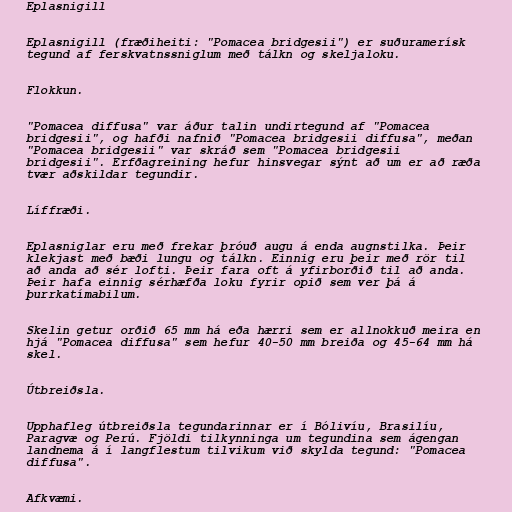
Eplasnigill

Eplasnigill (fræðiheiti: "Pomacea bridgesii") er suðuramerísk
tegund af ferskvatnssniglum með tálkn og skeljaloku.

Flokkun.

"Pomacea diffusa" var áður talin undirtegund af "Pomacea
bridgesii", og hafði nafnið "Pomacea bridgesii diffusa", meðan
"Pomacea bridgesii" var skráð sem "Pomacea bridgesii
bridgesii". Erfðagreining hefur hinsvegar sýnt að um er að ræða
tvær aðskildar tegundir.

Líffræði.

Eplasniglar eru með frekar þróuð augu á enda augnstilka. Þeir
klekjast með bæði lungu og tálkn. Einnig eru þeir með rör til
að anda að sér lofti. Þeir fara oft á yfirborðið til að anda.
Þeir hafa einnig sérhæfða loku fyrir opið sem ver þá á
þurrkatímabilum.

Skelin getur orðið 65 mm há eða hærri sem er allnokkuð meira en
hjá "Pomacea diffusa" sem hefur 40-50 mm breiða og 45-64 mm há
skel.

Útbreiðsla.

Upphafleg útbreiðsla tegundarinnar er í Bólivíu, Brasilíu,
Paragvæ og Perú. Fjöldi tilkynninga um tegundina sem ágengan
landnema á í langflestum tilvikum við skylda tegund: "Pomacea
diffusa".

Afkvæmi.